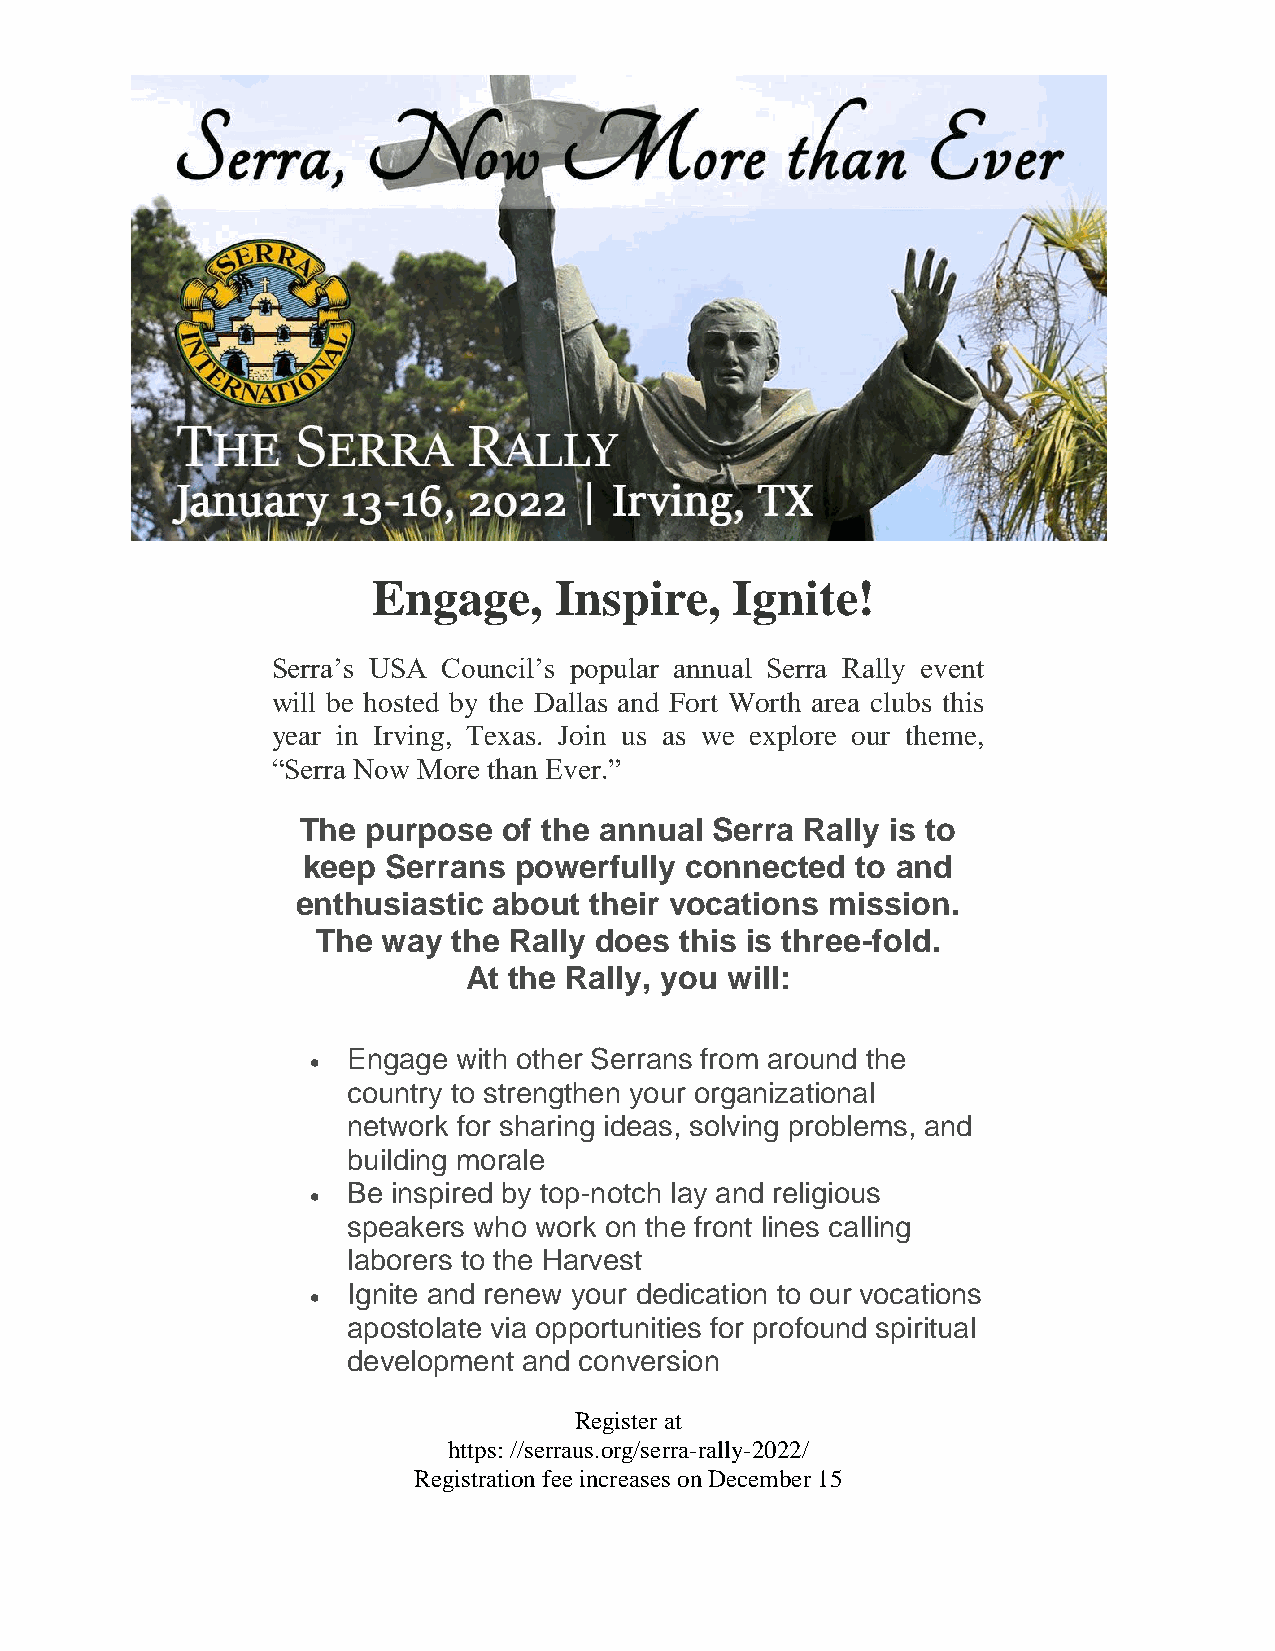
Engage,     Inspire,    Ignite!
 Serra’s USA Council’s popular annual Serra Rally event
 will be hosted by the Dallas and Fort Worth area clubs this
 year in Irving, Texas. Join us as we explore our theme,
 “Serra Now More than Ever.”
 The purpose  of the annual Serra Rally is to
 keep  Serrans powerfully connected   to and
 enthusiastic about their vocations mission.
 The way  the Rally does this is three-fold.
 At the Rally, you will:
 Engage with other Serrans from around the
 
 country to strengthen your organizational
 network for sharing ideas, solving problems, and
 building morale
 Be inspired by top-notch lay and religious
 
 speakers who work on the front lines calling
 laborers to the Harvest
 Ignite and renew your dedication to our vocations
 
 apostolate via opportunities for profound spiritual
 development and conversion
 Register at
 https: //serraus.org/serra-rally-2022/
 Registration fee increases on December 15